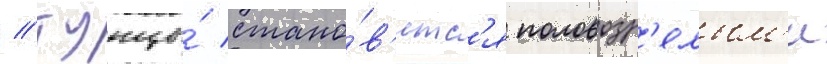
// Тунцы́ стано́в'ятс'я половозр'елым'и